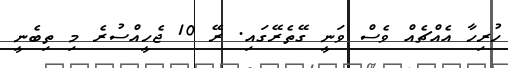
ހުރިހާ އެއްޗެއް ވެސް ވަނީ ގޭތެރޭގައި. ރޭ 10 ޖެހީއްސުރެ މި ތިބެނީ